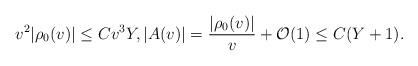
LaTeX: \begin{align*} v^2|\rho_0(v)|\leq Cv^3Y,|A(v)|=\frac{|\rho_0(v)|}{v}+\mathcal{O}(1)\leq C(Y+1).\end{align*}